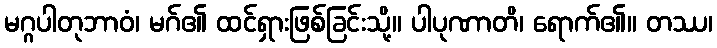
မဂ္ဂပါတုဘာဝံ၊ မဂ်၏ ထင်ရှားဖြစ်ခြင်းသို့။ ပါပုဏာတိ၊ ရောက်၏။ တဿ၊